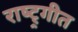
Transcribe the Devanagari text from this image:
राष्ट्र्गीत